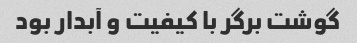
گوشت برگر با کیفیت و آبدار بود